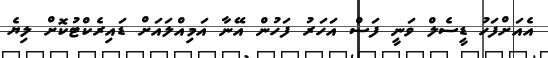
އެއަށްފަހު ޑީސެލް ވަނީ ފަސް އަހަރު ފަހުން އޭނާ އަމިއްލައަށް ޑައިރެކްޓުކޮށް ލިޔެ